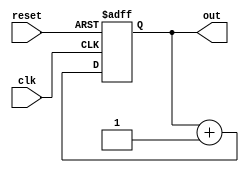
module RingCounter (
    input wire clk,
    input wire reset,
    output reg [N-1:0] out
);

parameter N = 4; // Number of flip-flops in the ring counter

reg [N-1:0] state;

always @(posedge clk or posedge reset) begin
    if (reset) begin
        state <= 0;
    end else begin
        state <= state + 1;
    end
end

assign out = state;

endmodule